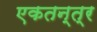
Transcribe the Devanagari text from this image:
एकतन्त्र